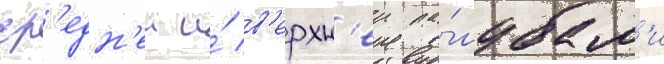
ср'едн'еи и́ в'ерхн'еи па́лубам'и